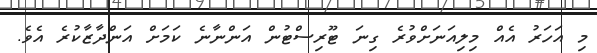
މި އަހަރު އެއް މިލިއަނަށްވުރެ ގިނަ ޓޫރިސްޓުން އަންނާނެ ކަމަށް އަންދާޒާކުރެ އެވެ.